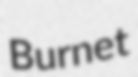
Burnet